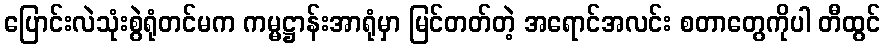
ပြောင်းလဲသုံးစွဲရုံတင်မက ကမ္မဋ္ဌာန်းအာရုံမှာ မြင်တတ်တဲ့ အရောင်အလင်း စတာတွေကိုပါ တီထွင်